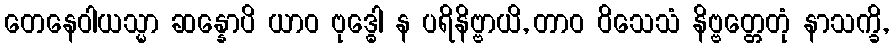
တေနေဝါယသ္မာ ဆန္နောပိ ယာဝ ဗုဒ္ဓေါ န ပရိနိဗ္ဗာယိ, တာဝ ဝိသေသံ နိဗ္ဗတ္တေတုံ နာသက္ခိ,